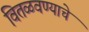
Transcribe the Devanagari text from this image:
वितळवण्याचे